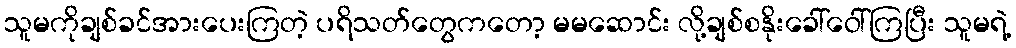
သူမကိုချစ်ခင်အားပေးကြတဲ့ ပရိသတ်တွေကတော့ မမဆောင်း လို့ချစ်စနိုးခေါ်ဝေါ်ကြပြီး သူမရဲ့